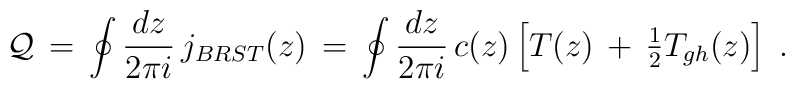
{\cal Q}\,=\, \oint \frac{dz}{2\pi i}\, j_{BRST}(z) \,=\, \oint \frac{dz}{2\pi i}\, c(z)       \left[ T(z)\,+\,          \textstyle{\frac{1}{2}}T_{gh}(z)        \right] \; .